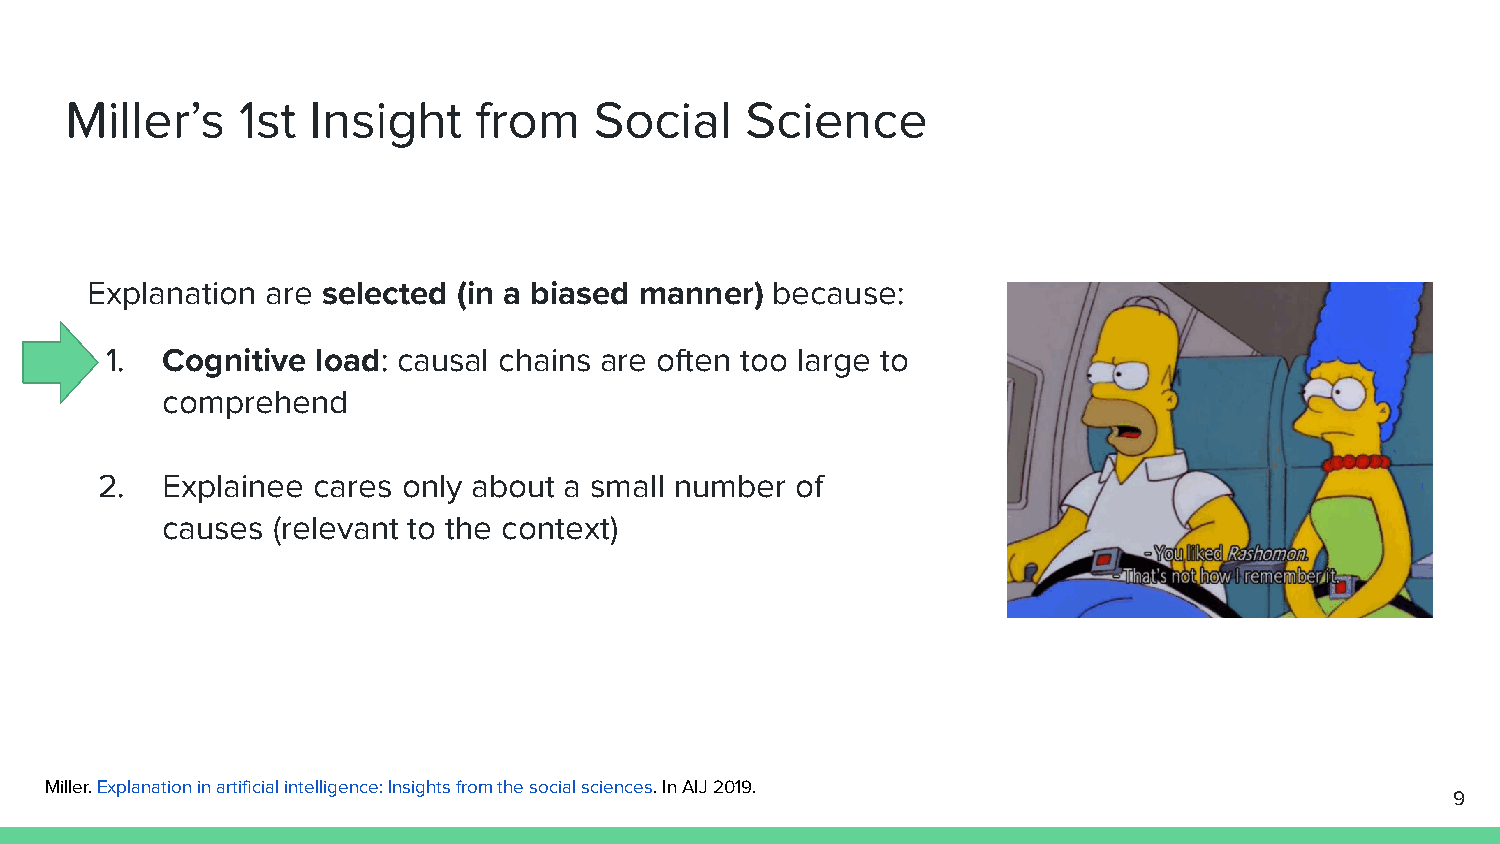
Miller’s    1st  Insight   from    Social    Science
 Explanation are selected (in a biased manner) because:
 1.  Cognitive load: causal chains are often too large to
 comprehend
 2.   Explainee cares only about a small number of
 causes (relevant to the context)
 Miller. Explanation in artificial intelligence: Insights from the social sciences. In AIJ 2019.
 9